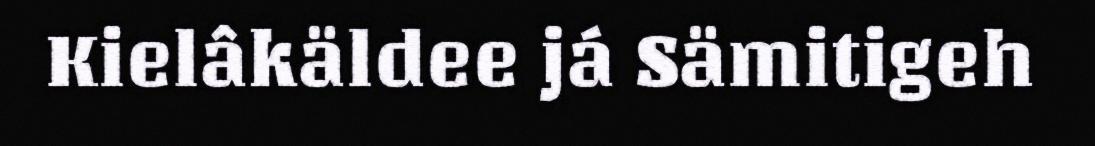
Kielâkäldee já Sämitigeh